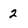
Character: 2